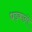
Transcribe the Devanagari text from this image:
धड़कानों